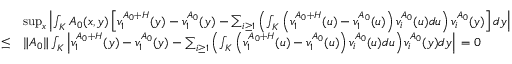
\begin{array} { r l } & { \operatorname* { s u p } _ { x } \left| \int _ { K } A _ { 0 } ( x , y ) \left[ v _ { 1 } ^ { A _ { 0 } + H } ( y ) - v _ { 1 } ^ { A _ { 0 } } ( y ) - \sum _ { i \ge 1 } \left( \int _ { K } \left( v _ { 1 } ^ { A _ { 0 } + H } ( u ) - v _ { 1 } ^ { A _ { 0 } } ( u ) \right) v _ { i } ^ { A _ { 0 } } ( u ) d u \right) v _ { i } ^ { A _ { 0 } } ( y ) \right] d y \right| } \\ { \le } & { \| A _ { 0 } \| \int _ { K } \left| v _ { 1 } ^ { A _ { 0 } + H } ( y ) - v _ { 1 } ^ { A _ { 0 } } ( y ) - \sum _ { i \ge 1 } \left( \int _ { K } \left( v _ { 1 } ^ { A _ { 0 } + H } ( u ) - v _ { 1 } ^ { A _ { 0 } } ( u ) \right) v _ { i } ^ { A _ { 0 } } ( u ) d u \right) v _ { i } ^ { A _ { 0 } } ( y ) d y \right| \, = 0 } \end{array}